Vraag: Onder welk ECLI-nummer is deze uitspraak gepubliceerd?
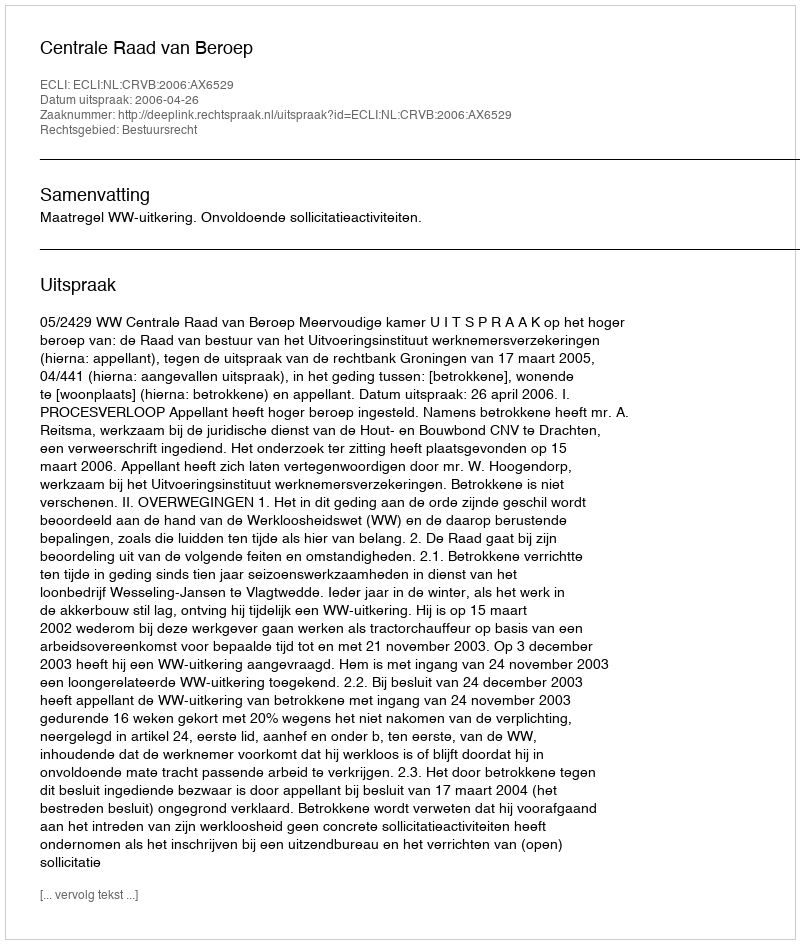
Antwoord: ECLI:NL:CRVB:2006:AX6529